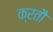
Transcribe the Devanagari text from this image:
क्रतौ